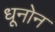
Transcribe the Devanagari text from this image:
धूनोन